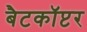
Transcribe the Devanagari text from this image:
बैटकाॅप्टर